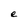
Character: e